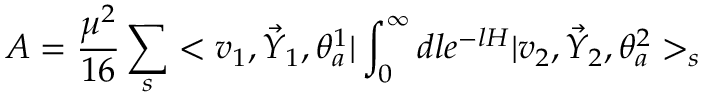
{ \cal A } = \frac { \mu ^ { 2 } } { 1 6 } \sum _ { s } < v _ { 1 } , \vec { Y } _ { 1 } , \theta _ { a } ^ { 1 } | \int _ { 0 } ^ { \infty } d l e ^ { - l H } | v _ { 2 } , \vec { Y } _ { 2 } , \theta _ { a } ^ { 2 } > _ { s }